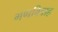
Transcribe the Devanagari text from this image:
गणविवाह